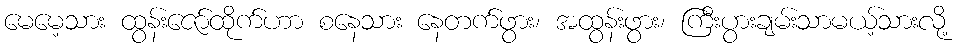
မေမေ့သား ထွန်းဇော်ထိုက်ဟာ စနေသား နေတက်ဖွား၊ အထွန်းဖွား၊ ကြီးပွားချမ်းသာမယ့်သားလို့